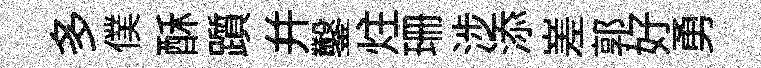
多僕酥躓并鑿炷珊涉添嵳郭好勇